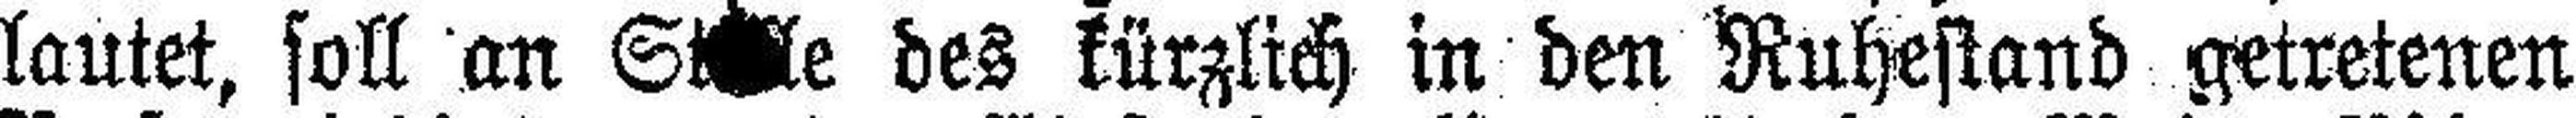
lautet, soll an St###le des kürzlich in den Ruhestand getretenen